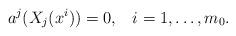
LaTeX: \begin{align*}a^j (X_j(x^i)) = 0,\;\;\;i=1,\ldots,m_0.\end{align*}